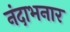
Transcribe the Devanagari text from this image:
नंदाभनार